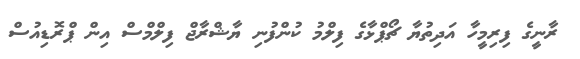
ރާނީގެ ފިރިމީހާ އަދިތުޔާ ޗޯޕްޅާގެ ފިލްމު ކުންފުނި ޔާޝްރާޖް ފިލްމްސް އިން ޕްރޮޑިއުސް